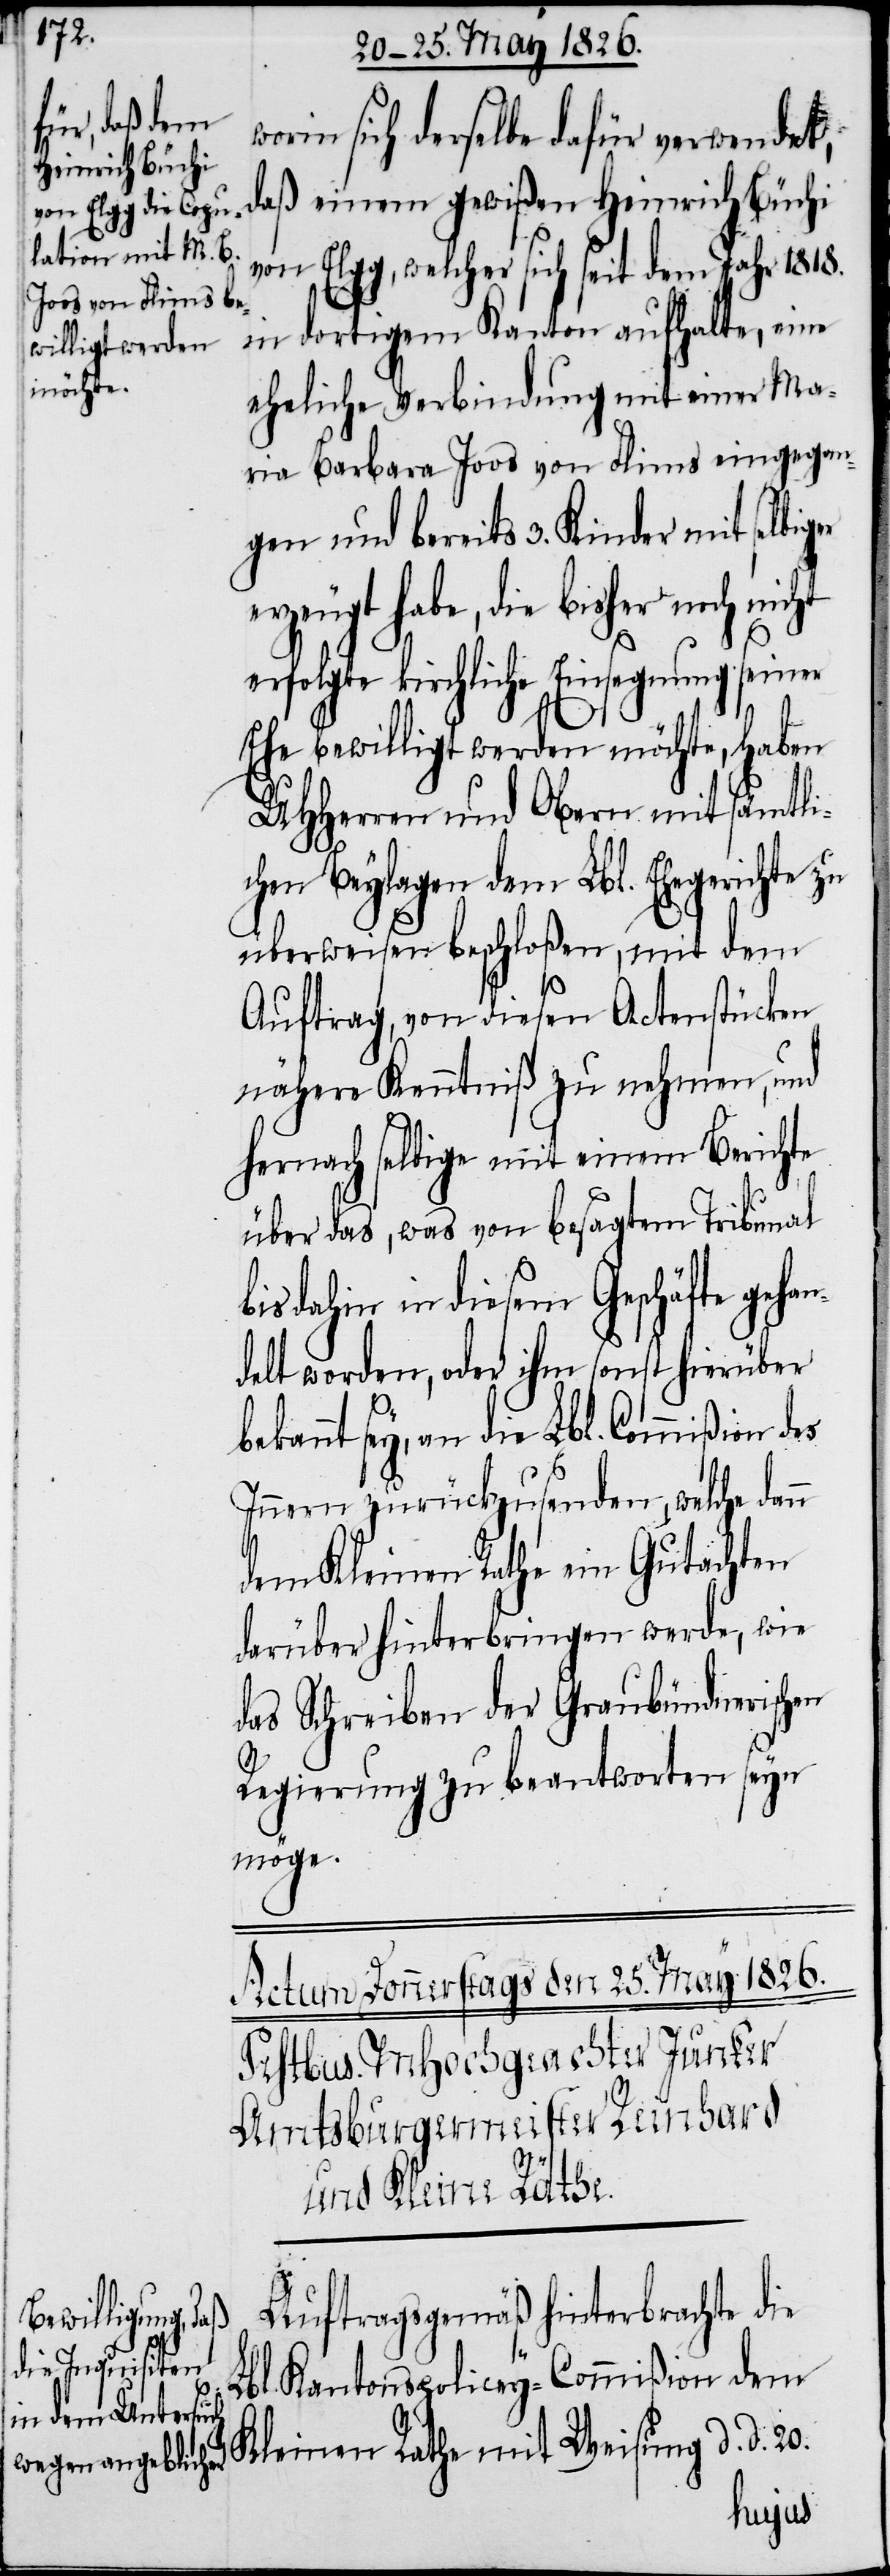
orin sich derselbe dafür verwendet,
Heinrich Büchi
von Elgg, welcher sich seit dem Jahr 1818.
in dortigem Kanton aufhalte, eine
eheliche Verbindung mit einer Ma¬
ria Barbara Joos von Flims eingegan¬
gen und bereits 3. Kinder mit selbiger
erzeugt habe, die bisher noch
erfolgte kirchliche Einsegnung seiner
n
Ehe bewilligt werden möchte, haben
UHHerren und Obern mit sämtli¬
chen Beylagen dem Lbl. Ehegerichte
überweisen beschloßen, mit dem
Auftrag, von diesen Actenstücken
nähere Kenntniß zu nehmen, und
hernach selbige mit einem Berichte
über das, was von besagtem Tribunal
is dahin in diesem Geschäfte geha¬
delt worden, oder ihm sonst hierüber
bekannt sey, an die Lbl. Commißion des
Innern zurückzusenden, welche dan¬
dem Kleinen Rathe ein Gutachten
darüber hinterbringen werde, wie
das Schreiben der Graubündnerischen
Regierung zu beantworten seyn
möge.
daß einem gewißen
Auftragsgemäß hinterbrachte die
Lbl. Kantonspolicey-Commißion dem
Kleinen Rathe mit Weisung d. d. 20.